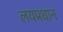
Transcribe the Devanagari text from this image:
लयप्रधान